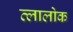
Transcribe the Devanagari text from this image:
त्लालोक